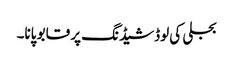
بجلی کی لوڈشیڈنگ پر قابو پانا۔